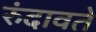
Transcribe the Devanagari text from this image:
रुंदावते